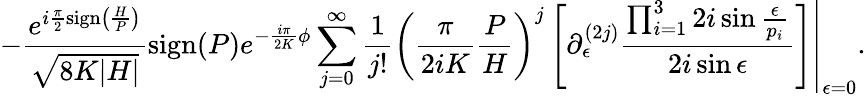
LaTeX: -\frac{e^{i\frac{\pi}{2}\mathrm{sign}\left(\frac{H}{P}\right)}}{\sqrt{8K|H|}}\mathrm{sign}(P)e^{-\frac{i\pi}{2K}\phi}\sum_{j=0}^{\infty}\frac{1}{j!}\left.\left(\frac{\pi}{2iK}\frac{P}{H}\right)^{j}\left[\partial_{\epsilon}^{(2j)}\frac{\prod_{i=1}^{3}2i\sin\frac{\epsilon}{p_{i}}}{2i\sin\epsilon}\right]\right|_{\epsilon=0}.